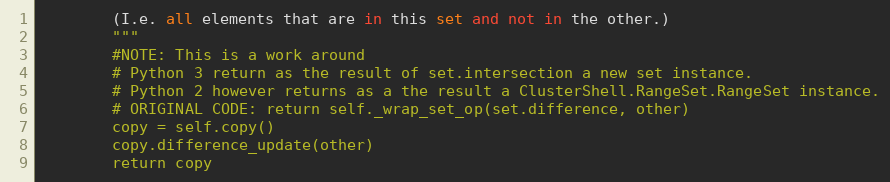
Language: Python
        (I.e. all elements that are in this set and not in the other.)
        """
        #NOTE: This is a work around
        # Python 3 return as the result of set.intersection a new set instance.
        # Python 2 however returns as a the result a ClusterShell.RangeSet.RangeSet instance.
        # ORIGINAL CODE: return self._wrap_set_op(set.difference, other)
        copy = self.copy()
        copy.difference_update(other)
        return copy